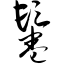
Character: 鬈